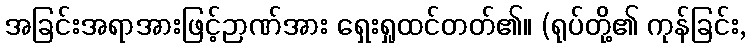
အခြင်းအရာအားဖြင့်ဉာဏ်အား ရှေးရှုထင်တတ်၏။ (ရုပ်တို့၏ ကုန်ခြင်း,